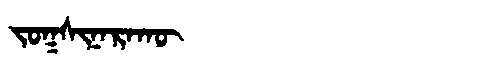
Manchu: ᠵᠣᡴᠰᡳᠨᠠᡵᠠᡴᡡ
Romanization: JOKSINARAKŪ